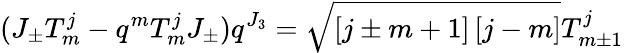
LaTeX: (J_{\pm}T_{m}^{j}-q^{m}T_{m}^{j}J_{\pm})q^{J_{3}}=\sqrt{\left[j\pm m+1\right]\left[j-m\right]}T_{m\pm 1}^{j}